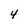
Character: 4